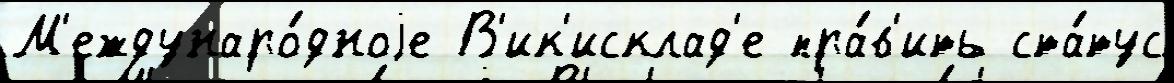
М'еждунаро́дноjе В'ик'исклад'е пра́в'ить ста́тус